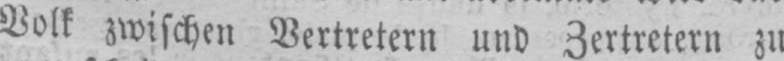
Volk zwischen Vertretern und Zertretern zu